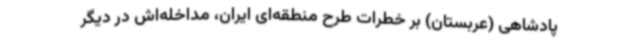
پادشاهی (عربستان) بر خطرات طرح منطقه‌ای ایران، مداخله‌اش در دیگر